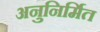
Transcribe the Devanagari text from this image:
अनुनिर्मित